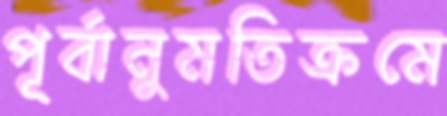
পূর্বানুমতিক্রমে